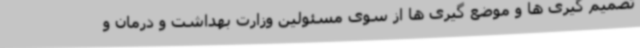
تصمیم گیری ها و موضع گیری ها از سوی مسئولین وزارت بهداشت و درمان و